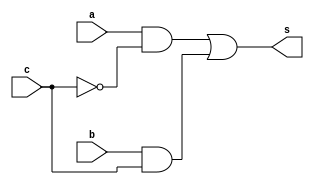
// ------------------------- 
// Exemplo0032 - F4 
// Nome: Marcio Santana Correa
// ------------------------- 
// ------------------------- 
// f4_gate 
// ------------------------- 
module f4 (output s, input a, input b, input c);  
assign s = (a & ~c) | (b & c) ;
endmodule // f4 
module test_f4; 
// ------------------------- definir dados 
reg a; 
reg b;
reg c;
wire s; 
f4 modulo1 (s, a, b, c); 
// ------------------------- parte principal 
initial begin 
$display("Exemplo0032 - Marcio Santana Correa - 345368"); 
$display("Test LU's module"); 
a = 0; b = 0; c = 0;  
// projetar testes do modulo 
$display("S1 S2 C S");
$monitor("%b  %b  %b %b",a,b,c,s);
#1 a = 0; b = 0; c = 1;
#1 a = 0; b = 1; c = 0;
#1 a = 0; b = 1; c = 1;
#1 a = 1; b = 0; c = 0;
#1 a = 1; b = 0; c = 1;
#1 a = 1; b = 1; c = 0;
#1 a = 1; b = 1; c = 1;
end 
endmodule // test_f4